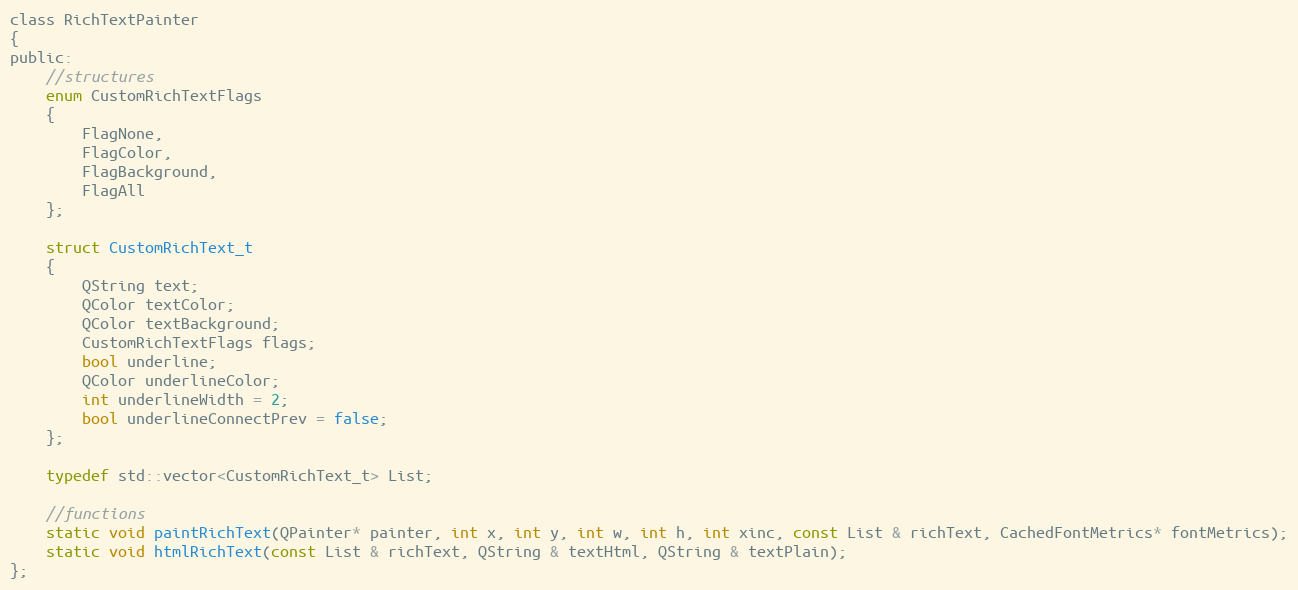
Language: C
class RichTextPainter
{
public:
    //structures
    enum CustomRichTextFlags
    {
        FlagNone,
        FlagColor,
        FlagBackground,
        FlagAll
    };

    struct CustomRichText_t
    {
        QString text;
        QColor textColor;
        QColor textBackground;
        CustomRichTextFlags flags;
        bool underline;
        QColor underlineColor;
        int underlineWidth = 2;
        bool underlineConnectPrev = false;
    };

    typedef std::vector<CustomRichText_t> List;

    //functions
    static void paintRichText(QPainter* painter, int x, int y, int w, int h, int xinc, const List & richText, CachedFontMetrics* fontMetrics);
    static void htmlRichText(const List & richText, QString & textHtml, QString & textPlain);
};